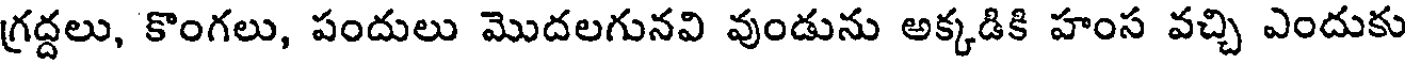
గ్రద్దలు, కొంగలు, పందులు మొదలగునవి వుండును అక్కడికి హంస వచ్చి ఎందుకు